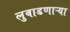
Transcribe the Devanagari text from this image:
लुबाडणाऱ्या